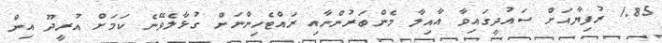
1.85 ރުފިޔާއަށް ސައުދީގައިވާ އާއިލާ މެންބަރުންނާއި ރައްޓެހިންނަށް ގުޅާލެވޭނެ ކަމަށް އުރީދޫ އިން